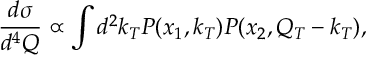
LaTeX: \frac { d \sigma } { d ^ { 4 } Q } \propto \int d ^ { 2 } k _ { T } P ( x _ { 1 } , k _ { T } ) P ( x _ { 2 } , Q _ { T } - k _ { T } ) ,